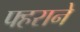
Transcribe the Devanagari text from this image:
फ्हराने